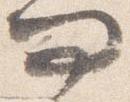
問